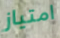
امتياز